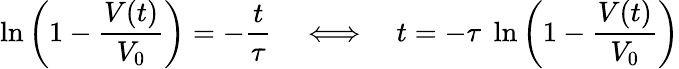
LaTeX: \ln\left(1-{\frac{V(t)}{V_{0}}}\right)=-{\frac{t}{\tau}}\quad\Longleftrightarrow\quad t=-\tau\; \ln\left(1-{\frac{V(t)}{V_{0}}}\right)